Vaccination in the Punjab 1883-1896 - 1883-1896
Year: 1883
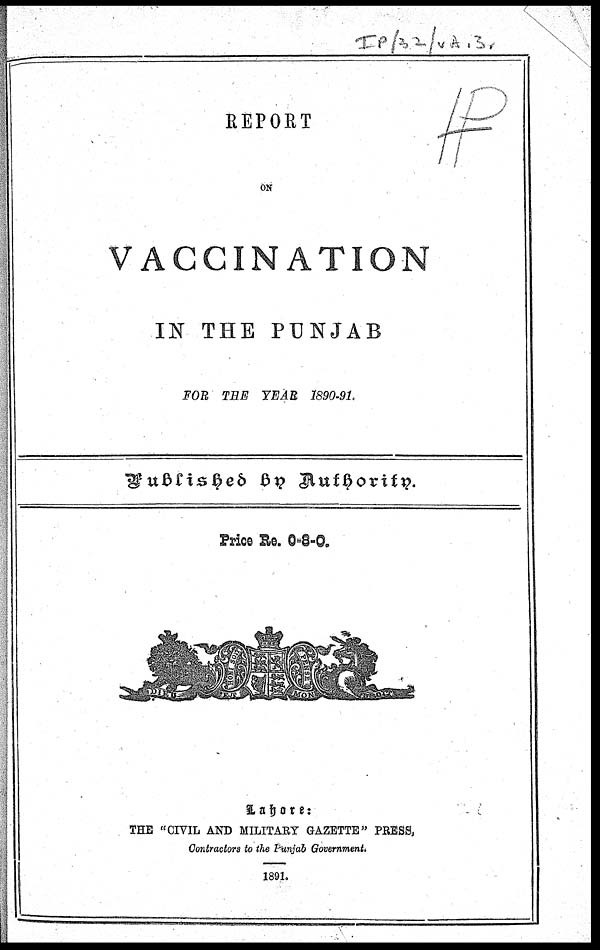
REPORT
ON
VACCINATION
IN THE PUNJAB
FOR THE YEAR 1890-91.
Published On Authority.
Price Re. 0-8-0.
Lahore:
THE "CIVIL AND MILITARY GAZETTE" PRESS,
Contractors to the Punjab Government.
1891.